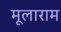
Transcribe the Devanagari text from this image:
मूलाराम